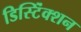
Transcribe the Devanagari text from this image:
डिस्टिंंक्शन